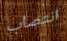
انتصاب